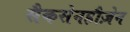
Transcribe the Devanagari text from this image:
सैकसेनहौज़ेन